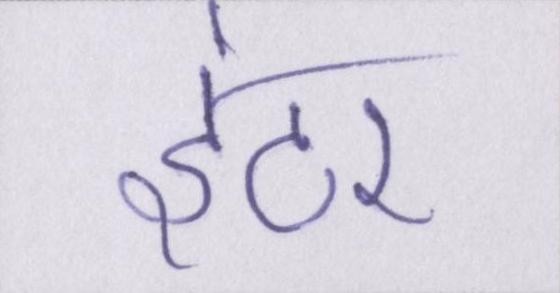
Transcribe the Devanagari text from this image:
इंटर